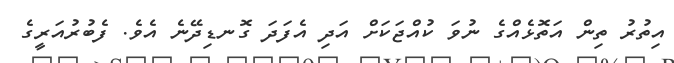
އިތުރު ތިން އަތޮޅެއްގެ ނުވަ ކުއްޖަކަށް އަދި އެފަދަ ގޮނޑިދޭނެ އެވެ. ފެބުރުއަރީގެ